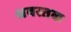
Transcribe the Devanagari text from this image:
श्रवस्तक